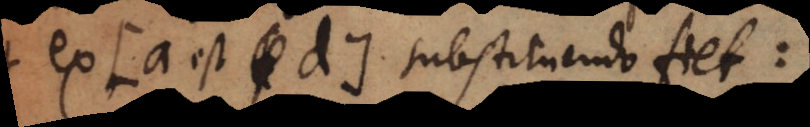
ex a est d substituendo fiet: